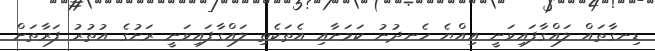
ޑިނގާތައް ލައްގާފައިވަނީ އިއްޔެ ހެނދުނު ކަމަށާއި އެތަކެތި ލައްގާފައިވަނީ ރަށުގެ އުތުރު ފަރާތަށް